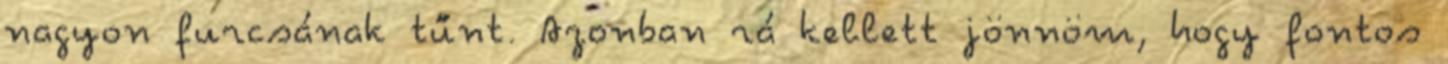
nagyon furcsának tűnt. Azonban rá kellett jönnöm, hogy fontos